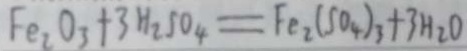
F e _ { 2 } O _ { 3 } + 3 H _ { 2 } S O _ { 4 } = F e _ { 2 } ( S O _ { 4 } ) _ { 3 } + 3 H _ { 2 } O